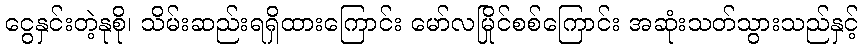
ငွေနှင်းတဲ့နုစို၊ သိမ်းဆည်းရရှိထားကြောင်း မော်လမြိုင်စစ်ကြောင်း အဆုံးသတ်သွားသည်နှင့်